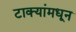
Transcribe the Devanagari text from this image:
टाक्यांमधून